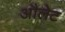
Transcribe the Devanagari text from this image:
औलेट